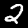
Label: 2